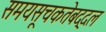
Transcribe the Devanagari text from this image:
समयसूचकतेबद्दल